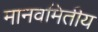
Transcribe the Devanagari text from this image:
मानवमितीय